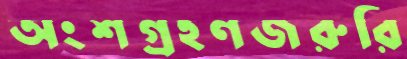
অংশগ্রহণজরুরি